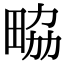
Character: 𤱷